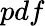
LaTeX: pdf